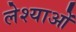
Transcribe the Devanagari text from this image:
लेश्याओं